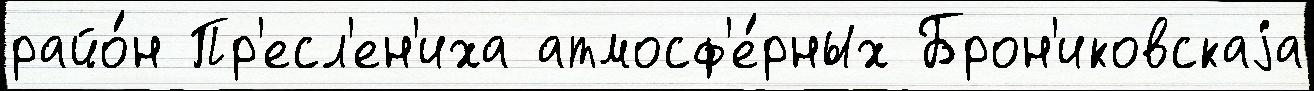
райо́н Пр'есл'ен'иха атмосф'е́рных Брон'иковскаjа